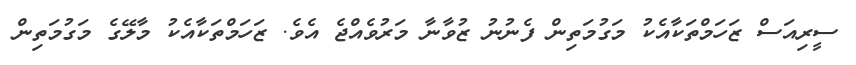
ސީރިއަސް ޒަހަމްތަކާއެކު މަގުމަތިން ފެނުނު ޒުވާނާ މަރުވެއްޖެ އެވެ. ޒަހަމްތަކާއެކު މާލޭގެ މަގުމަތިން